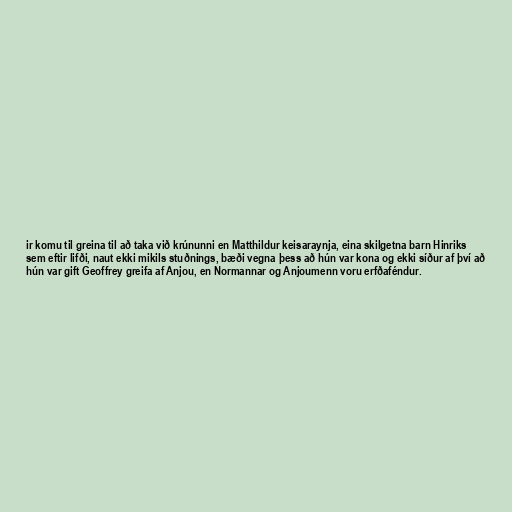
ir komu til greina til að taka við krúnunni en Matthildur keisaraynja, eina skilgetna barn Hinriks
sem eftir lifði, naut ekki mikils stuðnings, bæði vegna þess að hún var kona og ekki síður af því að
hún var gift Geoffrey greifa af Anjou, en Normannar og Anjoumenn voru erfðaféndur.